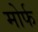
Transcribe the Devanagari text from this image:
मोर्फ